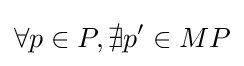
\forall p\in P,\nexists p'\in MP